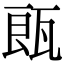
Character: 𤭒